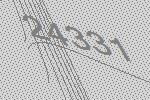
24331